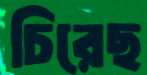
চিরেছ